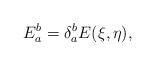
LaTeX: \begin{align*}E^b_a = \delta^b_a E(\xi,\eta),\end{align*}